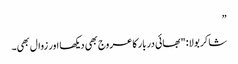
”
شاکر بولا: "بھائی دربار کا عروج بھی دیکھا اور زوال بھی۔